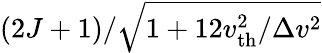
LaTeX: (2J+1)/\sqrt{1+12v_{\mathrm{th}}^{2}/\Delta v^{2}}